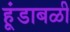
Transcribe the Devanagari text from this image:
हूंडाबळी